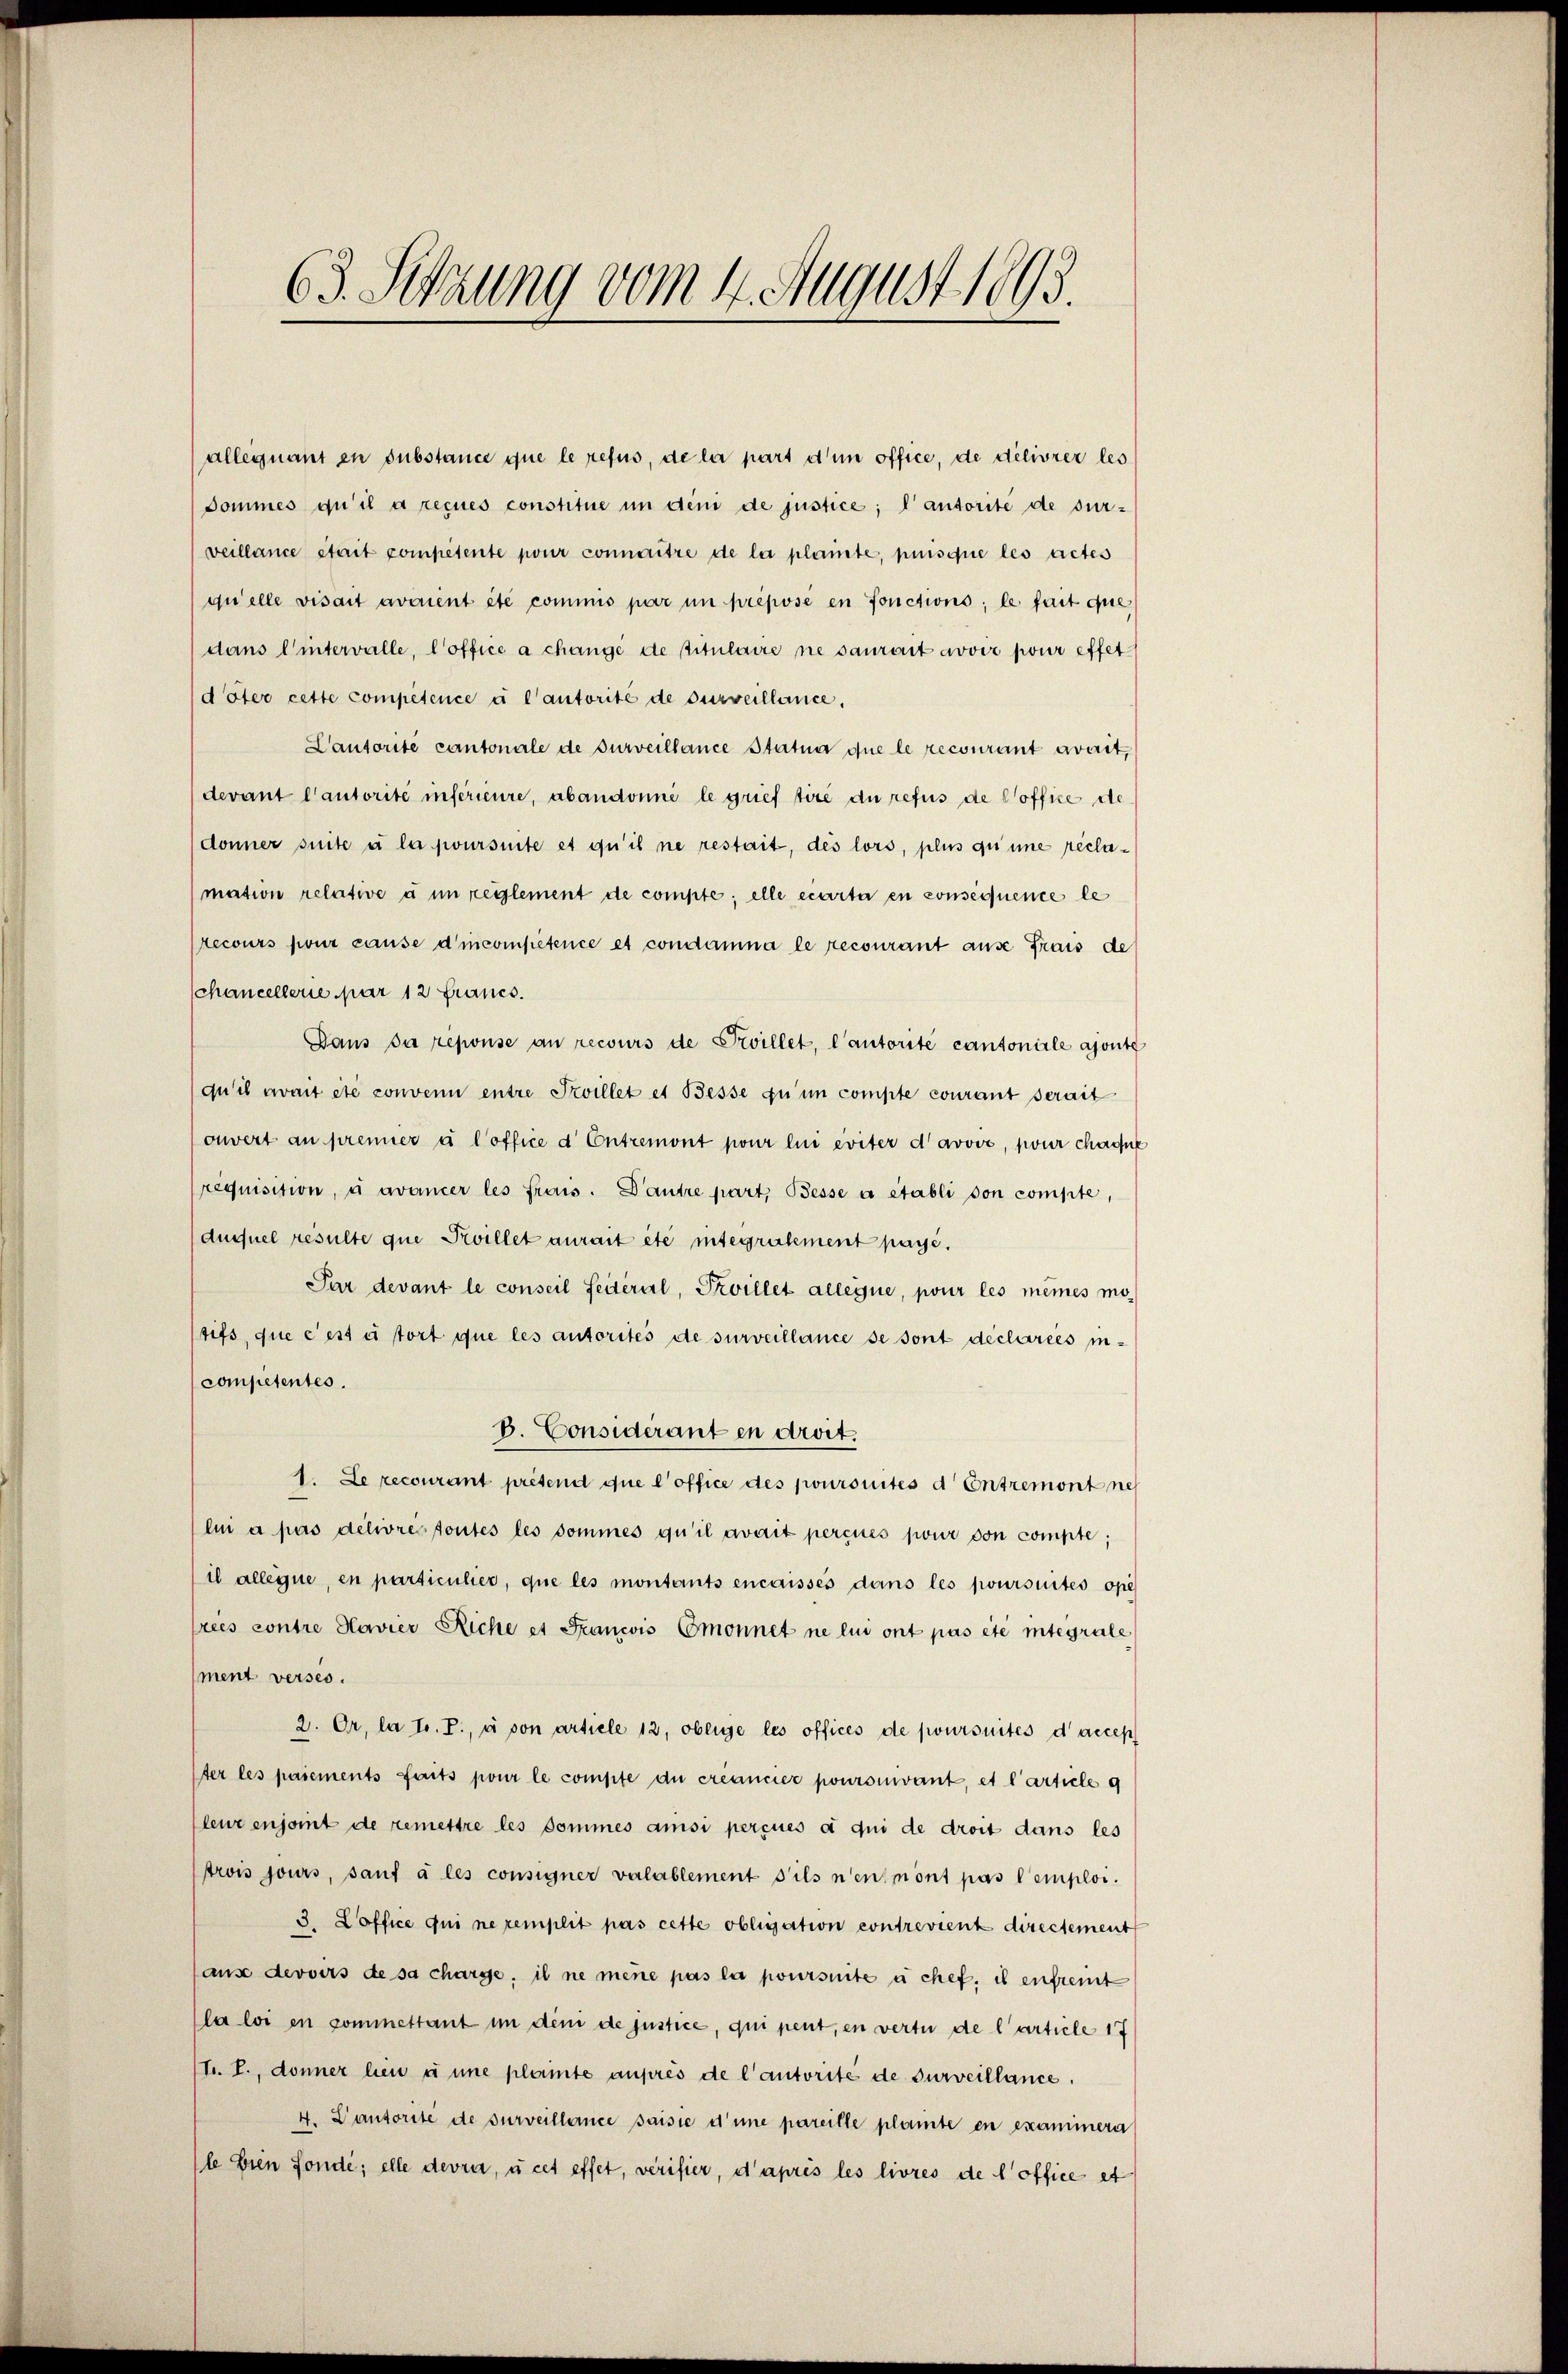
63. Setzung vom 4. August 1893.

alleinant en substance que le refus, de la part d’un office, de délivrer les
Dommes qu’il a reçues constitue in deni de justice; l’autorité de sur-
veillance stait competente pour connaitre de la plante, puisque les actes
quelle visait avaient été commis par un préposé en fonctions; le fait que
dans Wintervalle, l’office a change de pitulaire ne saurait avoir pour effetdöter cette compétence à l’autorité de surveillance,
Cantorite cantonale de surveillance Statua que le recourant avait,
devant l’autorité inférieure, abandonné le grief tiré du refus de Coffice de
donner suite à la joursuite et qu’il ne restait, des lors, plus qu’une recla¬
(mation relative à un reglement de compte; elle écarta en consequence le
recours pour cause d’incompetence et condamna le recourant ause frais de
Chancellerie par 12 Francs.
Dans da reponse an recours de Prvillet, l’autorite cantoniale ajoute
qu’il avait etc convenu entre Szvillet et Besse zu un compte courant serait
onwert an premier à l’office d Entremont pour lui eviter davove, pour chaque
requisition, u avancer les frais. Dantre part, Besse à établi von compte,
dusuel resulte que Proillet aurait été integralement payé.
Par devant le conseil Seiteral, Svillet allégue, pour les mêmes motifs, que c’est es tort que les autorites de surveillance se sont déclarées in¬
Competentes.
B. Considerant en droit.
1. Le recourant prétend que l’office des pouromités d Entremont ne
lui a pas délivre toutes les sommes qu’il avait percues pour von compte;
il alleine, en particulier, que les montants encaissés dans les poursuites opé
rees contre Havier Riche et Francois Emonnet ne lui ont pas été integrale
ment verses.
2. Or, la tr. T., à son article 12, oblige les offices de poursuites d’accep
ter les paiements faits pour le compte du créancier poursuivant, et l’article 9
leur enjoint de remettre les dommes ansi perçues a qui de droit dans les
trois jours, sauf à les consigner valablement s’ils n’en mont pas Cemploi.
3. Loffice qui ne remplit pas cette obligation contrevient directement
hause devoirs de sa charge, il ne mene pas la poursuite à chef, es enfreit
la loi en commettant in deni de justice, qui peut, en vertu de l’article 17
(L. L., donner hien u une plante auprès de l’autorité de surveillance.
4. Cantorite de surveillence saisie d’une pareille plante en examinera
le bien fonde; elle devra, à cet effet, verifier, d’après les livres de l’office et